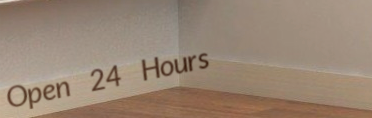
Open 24 Hours